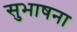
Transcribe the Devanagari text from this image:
सुभाषना